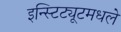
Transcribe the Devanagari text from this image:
इन्स्टिट्यूटमधले